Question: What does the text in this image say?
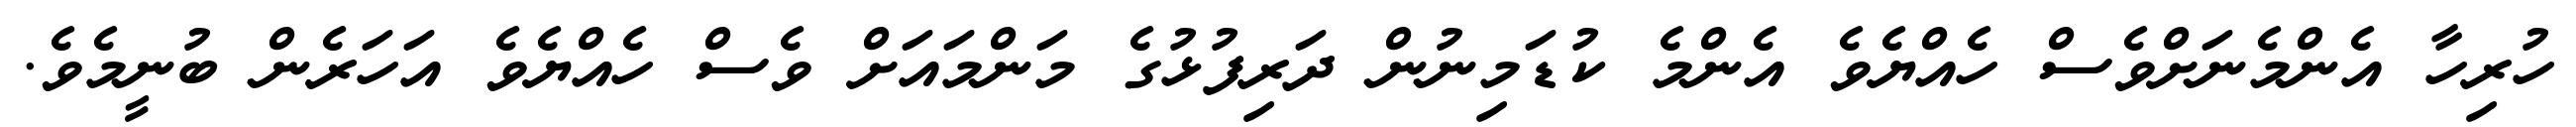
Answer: ހުރިހާ އެންމެނަށްވެސް ހެއްޔެވެ އެންމެ ކުޑަމިނުން ދަރިފުޅުގެ މަންމައަށް ވެސް ހެއްޔެވެ އަހަރެން ބުނީމެވެ.